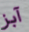
آبز